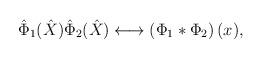
LaTeX: \begin{align*}\hat{\Phi}_1(\hat{X})\hat{\Phi}_2(\hat{X}) \longleftrightarrow\left(\Phi_1 * \Phi_2\right)(x),\end{align*}